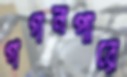
গগনপারে